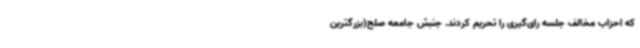
که احزاب مخالف جلسه رای‌گیری را تحریم کردند. جنبش جامعه صلح(بزرگترین